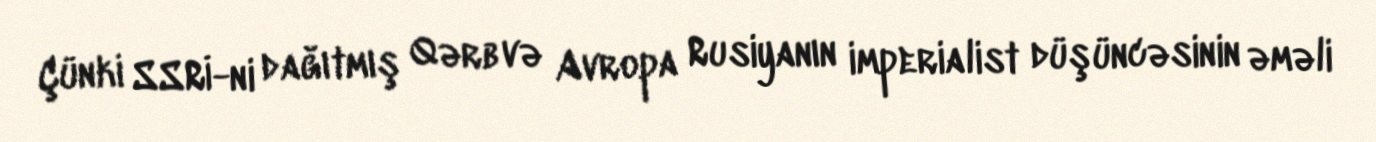
Çünki SSRİ-ni dağıtmış Qərb və Avropa Rusiyanın imperialist düşüncəsinin əməli